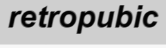
retropubic